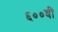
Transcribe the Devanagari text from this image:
६००वी